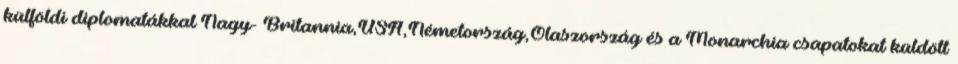
külföldi diplomatákkal Nagy- Britannia,USA,Németország,Olaszország és a Monarchia csapatokat küldött